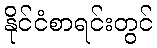
နိုင်ငံစာရင်းတွင်